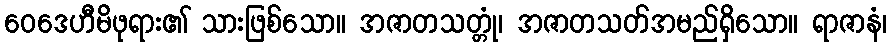
ဝေဒေဟီမိဖုရား၏ သားဖြစ်သော။ အဇာတသတ္တုံ၊ အဇာတသတ်အမည်ရှိသော။ ရာဇာနံ၊